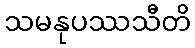
သမနုပဿသီတိ